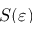
S ( \varepsilon )